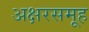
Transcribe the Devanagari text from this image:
अक्षरसमूह